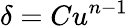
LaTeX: \delta=Cu^{n-1}